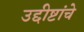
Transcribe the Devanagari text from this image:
उद्दीष्टांचे